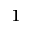
^ { 1 }